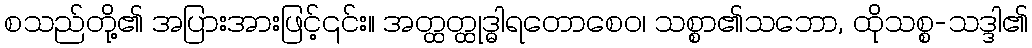
စသည်တို့၏ အပြားအားဖြင့်၎င်း။ အတ္ထတ္ထုဒ္ဓါရတောစေဝ၊ သစ္စာ၏သဘော, ထိုသစ္စ-သဒ္ဒါ၏